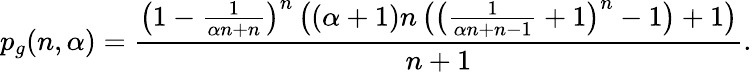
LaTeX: p_{g}(n,\alpha)=\frac{\left(1-\frac{1}{\alpha n+n}\right)^{n}\left((\alpha+1)n\left(\left(\frac{1}{\alpha n+n-1}+1\right)^{n}-1\right)+1\right)}{n+1}.